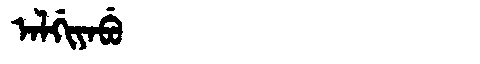
Manchu: ᠠᠯᡤᡳᠶᠠᠪᡠ
Romanization: ALGIYABU